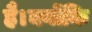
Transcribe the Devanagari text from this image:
है।क्योंकि